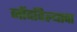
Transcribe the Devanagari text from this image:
नोंदविल्याचा